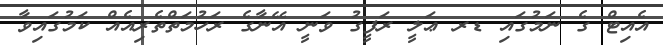
އެއިޓް ގެ ނަމުގައި ޑރ ޢަލީ ރަފީގު ވަނީ އޭނާގެ ރަހުމަތްތެރިއެއް ކަމުގައިވާ